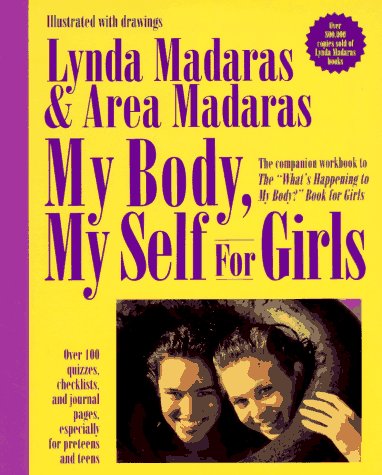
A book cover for My Body, My Self for Girls: The "What's Happening to My Body?" Workbook; Lynda Madaras; Teen & Young Adult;